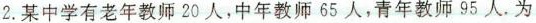
2.某中学有老年教师20人，中年教师65人，青年教师95人.为